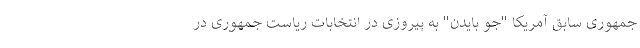
جمهوری سابق آمریکا "جو بایدن" به پیروزی در انتخابات ریاست جمهوری در